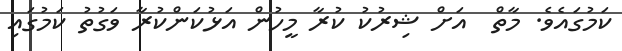
ކަމުގައެވެ. މާތް  އަށް ޝިރުކު ކުރާ މީހުން އަޅުކަންކުރާ ވަގުތު ކަމުގައި